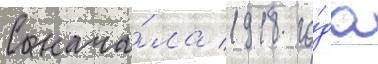
С нача́ла 1918 го́да